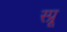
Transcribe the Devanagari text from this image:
स्प्रू